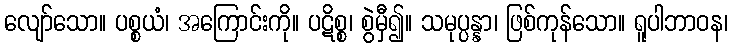
လျော်သော။ ပစ္စယံ၊ အကြောင်းကို။ ပဋိစ္စ၊ စွဲမှီ၍။ သမုပ္ပန္နာ၊ ဖြစ်ကုန်သော။ ရူပါဘာဝန၊